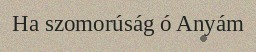
Ha szomorúság ó Anyám